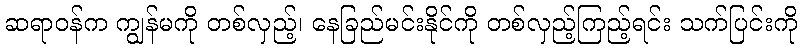
ဆရာဝန်က ကျွန်မကို တစ်လှည့်၊ နေခြည်မင်းနိုင်ကို တစ်လှည့်ကြည့်ရင်း သက်ပြင်းကို